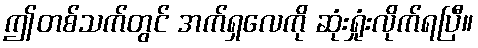
ဤတစ်သက်တွင် အက်ရှလေကို ဆုံးရှုံးလိုက်ရပြီ။